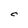
Character: C